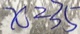
x = 3 5